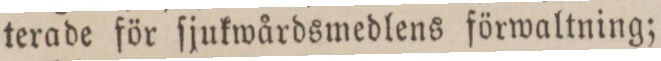
terade för ſjukwårdsmedlens förwaltning;